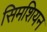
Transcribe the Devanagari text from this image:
सिमशियन